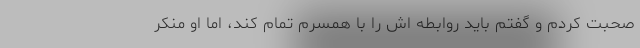
صحبت کردم و گفتم باید روابطه اش را با همسرم تمام کند، اما او منکر